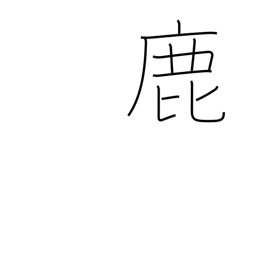
Meaning: deer